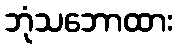
ဘုံသဘောထား